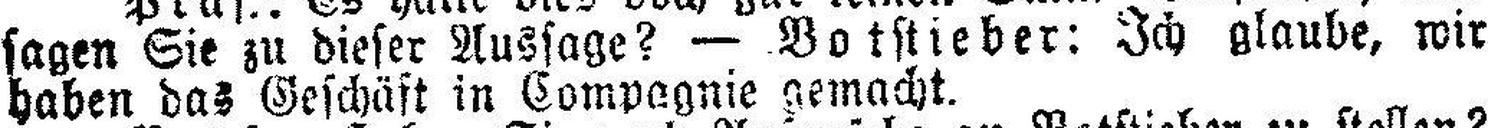
sagen Sie zu dieser Aussage? — Botstieber: Ich glaube, wir